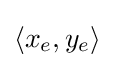
\langle x_{e},y_{e}\rangle